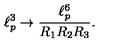
\ell _ { p } ^ { 3 } \rightarrow \frac { \ell _ { p } ^ { 6 } } { R _ { 1 } R _ { 2 } R _ { 3 } } .